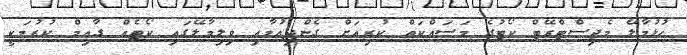
ހުޅުމާލޭ މެޖިސްޓްރޭޓް ކޯޓުގެ މަސައްކަތް ކުރިއަށް ގެންދިއުމާއި ވިލިމާލޭގައި ކޯޓެއް ގާއިމް ކުރުމަކީ